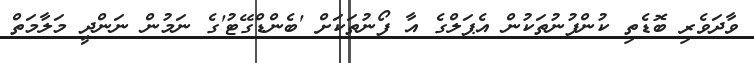
ވާދަވެރި ބޮޑެތި ކުންފުނުތަކުން އެޕަލްގެ އާ ފޯނުތަކަށް 'ބެންޑްގޭޓު'ގެ ނަމުން ނަންދީ މަލާމަތް